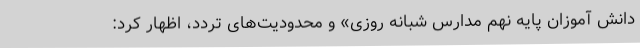
دانش آموزان پایه نهم مدارس شبانه روزی» و محدودیت‌های تردد، اظهار کرد: